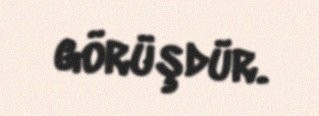
görüşdür.